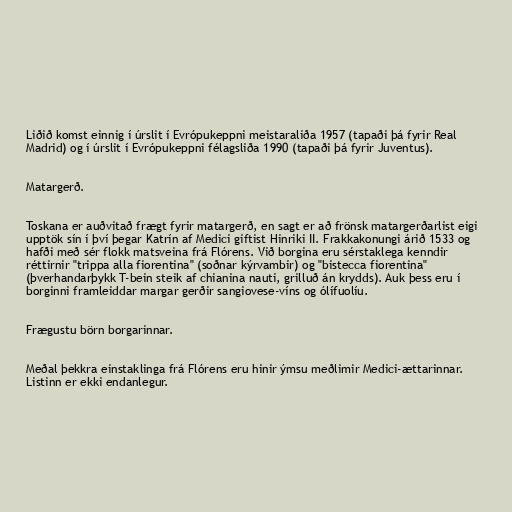
Liðið komst einnig í úrslit í Evrópukeppni meistaraliða 1957 (tapaði þá fyrir Real
Madrid) og í úrslit í Evrópukeppni félagsliða 1990 (tapaði þá fyrir Juventus).

Matargerð.

Toskana er auðvitað frægt fyrir matargerð, en sagt er að frönsk matargerðarlist eigi
upptök sín í því þegar Katrín af Medici giftist Hinriki II. Frakkakonungi árið 1533 og
hafði með sér flokk matsveina frá Flórens. Við borgina eru sérstaklega kenndir
réttirnir "trippa alla fiorentina" (soðnar kýrvambir) og "bistecca fiorentina"
(þverhandarþykk T-bein steik af chianina nauti, grilluð án krydds). Auk þess eru í
borginni framleiddar margar gerðir sangiovese-víns og ólífuolíu.

Frægustu börn borgarinnar.

Meðal þekkra einstaklinga frá Flórens eru hinir ýmsu meðlimir Medici-ættarinnar.
Listinn er ekki endanlegur.